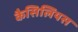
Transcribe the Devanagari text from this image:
कैसिलियस